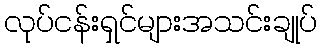
လုပ်ငန်းရှင်များအသင်းချုပ်